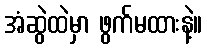
အံဆွဲထဲမှာ ဖွက်မထားနဲ့။